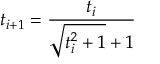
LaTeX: t _ { i + 1 } = { \frac { t _ { i } } { { \sqrt { t _ { i } ^ { 2 } + 1 } } + 1 } }